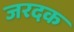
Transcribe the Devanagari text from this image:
जरदक